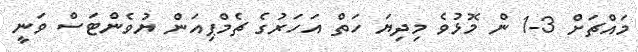
މައްޗަށް 3-1 ން މޮޅުވެ މިދިޔަ ހަތް އަހަރުގެ ޗެމްޕިއަން ޔުވެންޓަސް ވަނީ